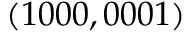
( 1 0 0 0 , 0 0 0 1 )